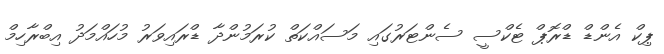
ޕިކް އެންޑް ޑްރޮޕް ޓެކްސީ ސެންޓަރުގައި މަސައްކަތް ކުރަމުންދާ ޑްރައިވަރު މުހައްމަދު އިބްރާހިމް